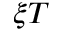
\xi T